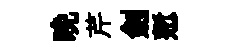
晩芹劍慙